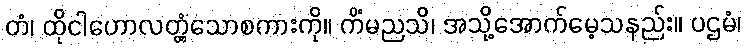
တံ၊ ထိုငါဟောလတ္တံ့သောစကားကို။ ကိံမညသိ၊ အသို့အောက်မေ့သနည်း။ ပဌမံ၊